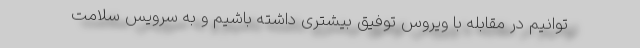
توانیم در مقابله با ویروس توفیق بیشتری داشته باشیم و به سرویس سلامت